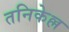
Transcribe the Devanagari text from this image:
तनिकेल्ल